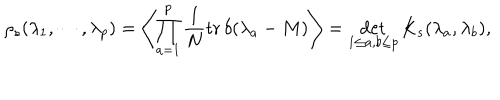
\rho _ { s } ( \lambda _ { 1 } , \cdots , \lambda _ { p } ) = \left\langle \prod _ { a = 1 } ^ { p } \frac { 1 } { N } \mathrm { t r } \, \delta ( \lambda _ { a } - M ) \right\rangle = \det _ { 1 \leq a , b \leq p } K _ { s } ( \lambda _ { a } , \lambda _ { b } ) ,